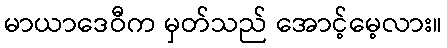
မာယာဒေဝီက မှတ်သည် အောင့်မေ့လား။